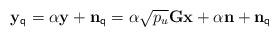
LaTeX: \begin{align*}{{\bf{y}}_{\sf q}} = \alpha {\bf{y}} + {{\bf{n}}_{\sf q}} = \alpha \sqrt {{p_u}} {\bf{Gx}} + \alpha {\bf{n}} + {{\bf{n}}_{\sf q}}\end{align*}